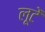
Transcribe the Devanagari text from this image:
लूटें